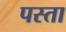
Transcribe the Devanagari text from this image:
पस्ता